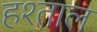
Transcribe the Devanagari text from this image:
हश्ताल